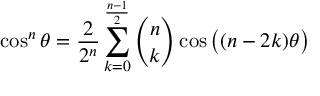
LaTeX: \cos ^ { n } \theta = { \frac { 2 } { 2 ^ { n } } } \sum _ { k = 0 } ^ { \frac { n - 1 } { 2 } } { \binom { n } { k } } \cos { { \big ( } ( n - 2 k ) \theta { \big ) } }